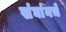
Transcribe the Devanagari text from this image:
संघांनचे